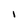
Character: I